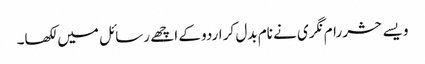
ویسے حشر رام نگری نے نام بدل کر اردو کے اچھے رسائل میں لکھا۔